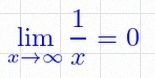
\lim_{x\to\infty}\frac{1}{x}=0